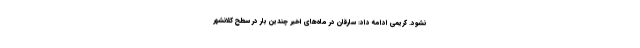
نشود. کریمی ادامه داد: سارقان در ماه‌های اخیر چندین بار در سطح کلانشهر